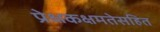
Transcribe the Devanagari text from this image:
प्रेक्षकक्षमतेसहित